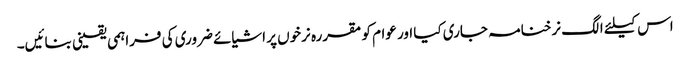
اس کیلئے الگ نرخنامہ جاری کیا اور عوام کو مقررہ نرخوں پر اشیائے ضروری کی فراہمی یقینی بنائیں۔